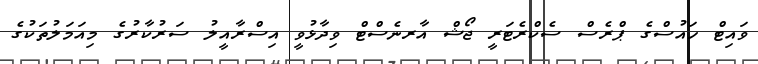
ވައިޓް ހައުސްގެ ޕްރެސް ސެކްރެޓަރީ ޖޯޝް އާރނެސްޓް ވިދާޅުވީ އިސްރާއީލު ސަރުކާރުގެ މިއަމަލުތަކުގެ